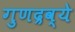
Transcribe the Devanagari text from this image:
गुणद्रव्ये